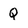
Character: q